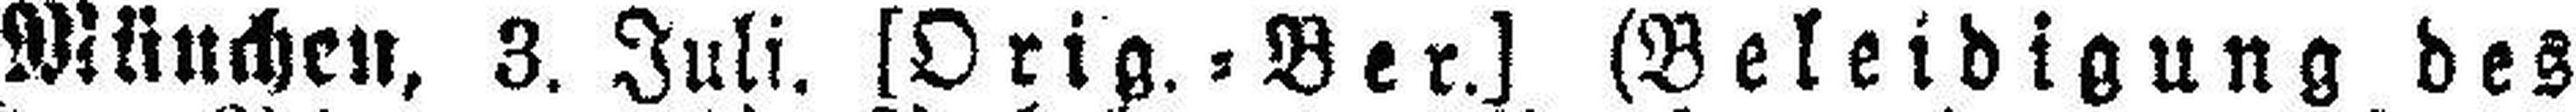
München, 3. Juli. [Orig.=Ber.] (Beleidigung des